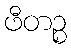
ဖီတဉ္စ